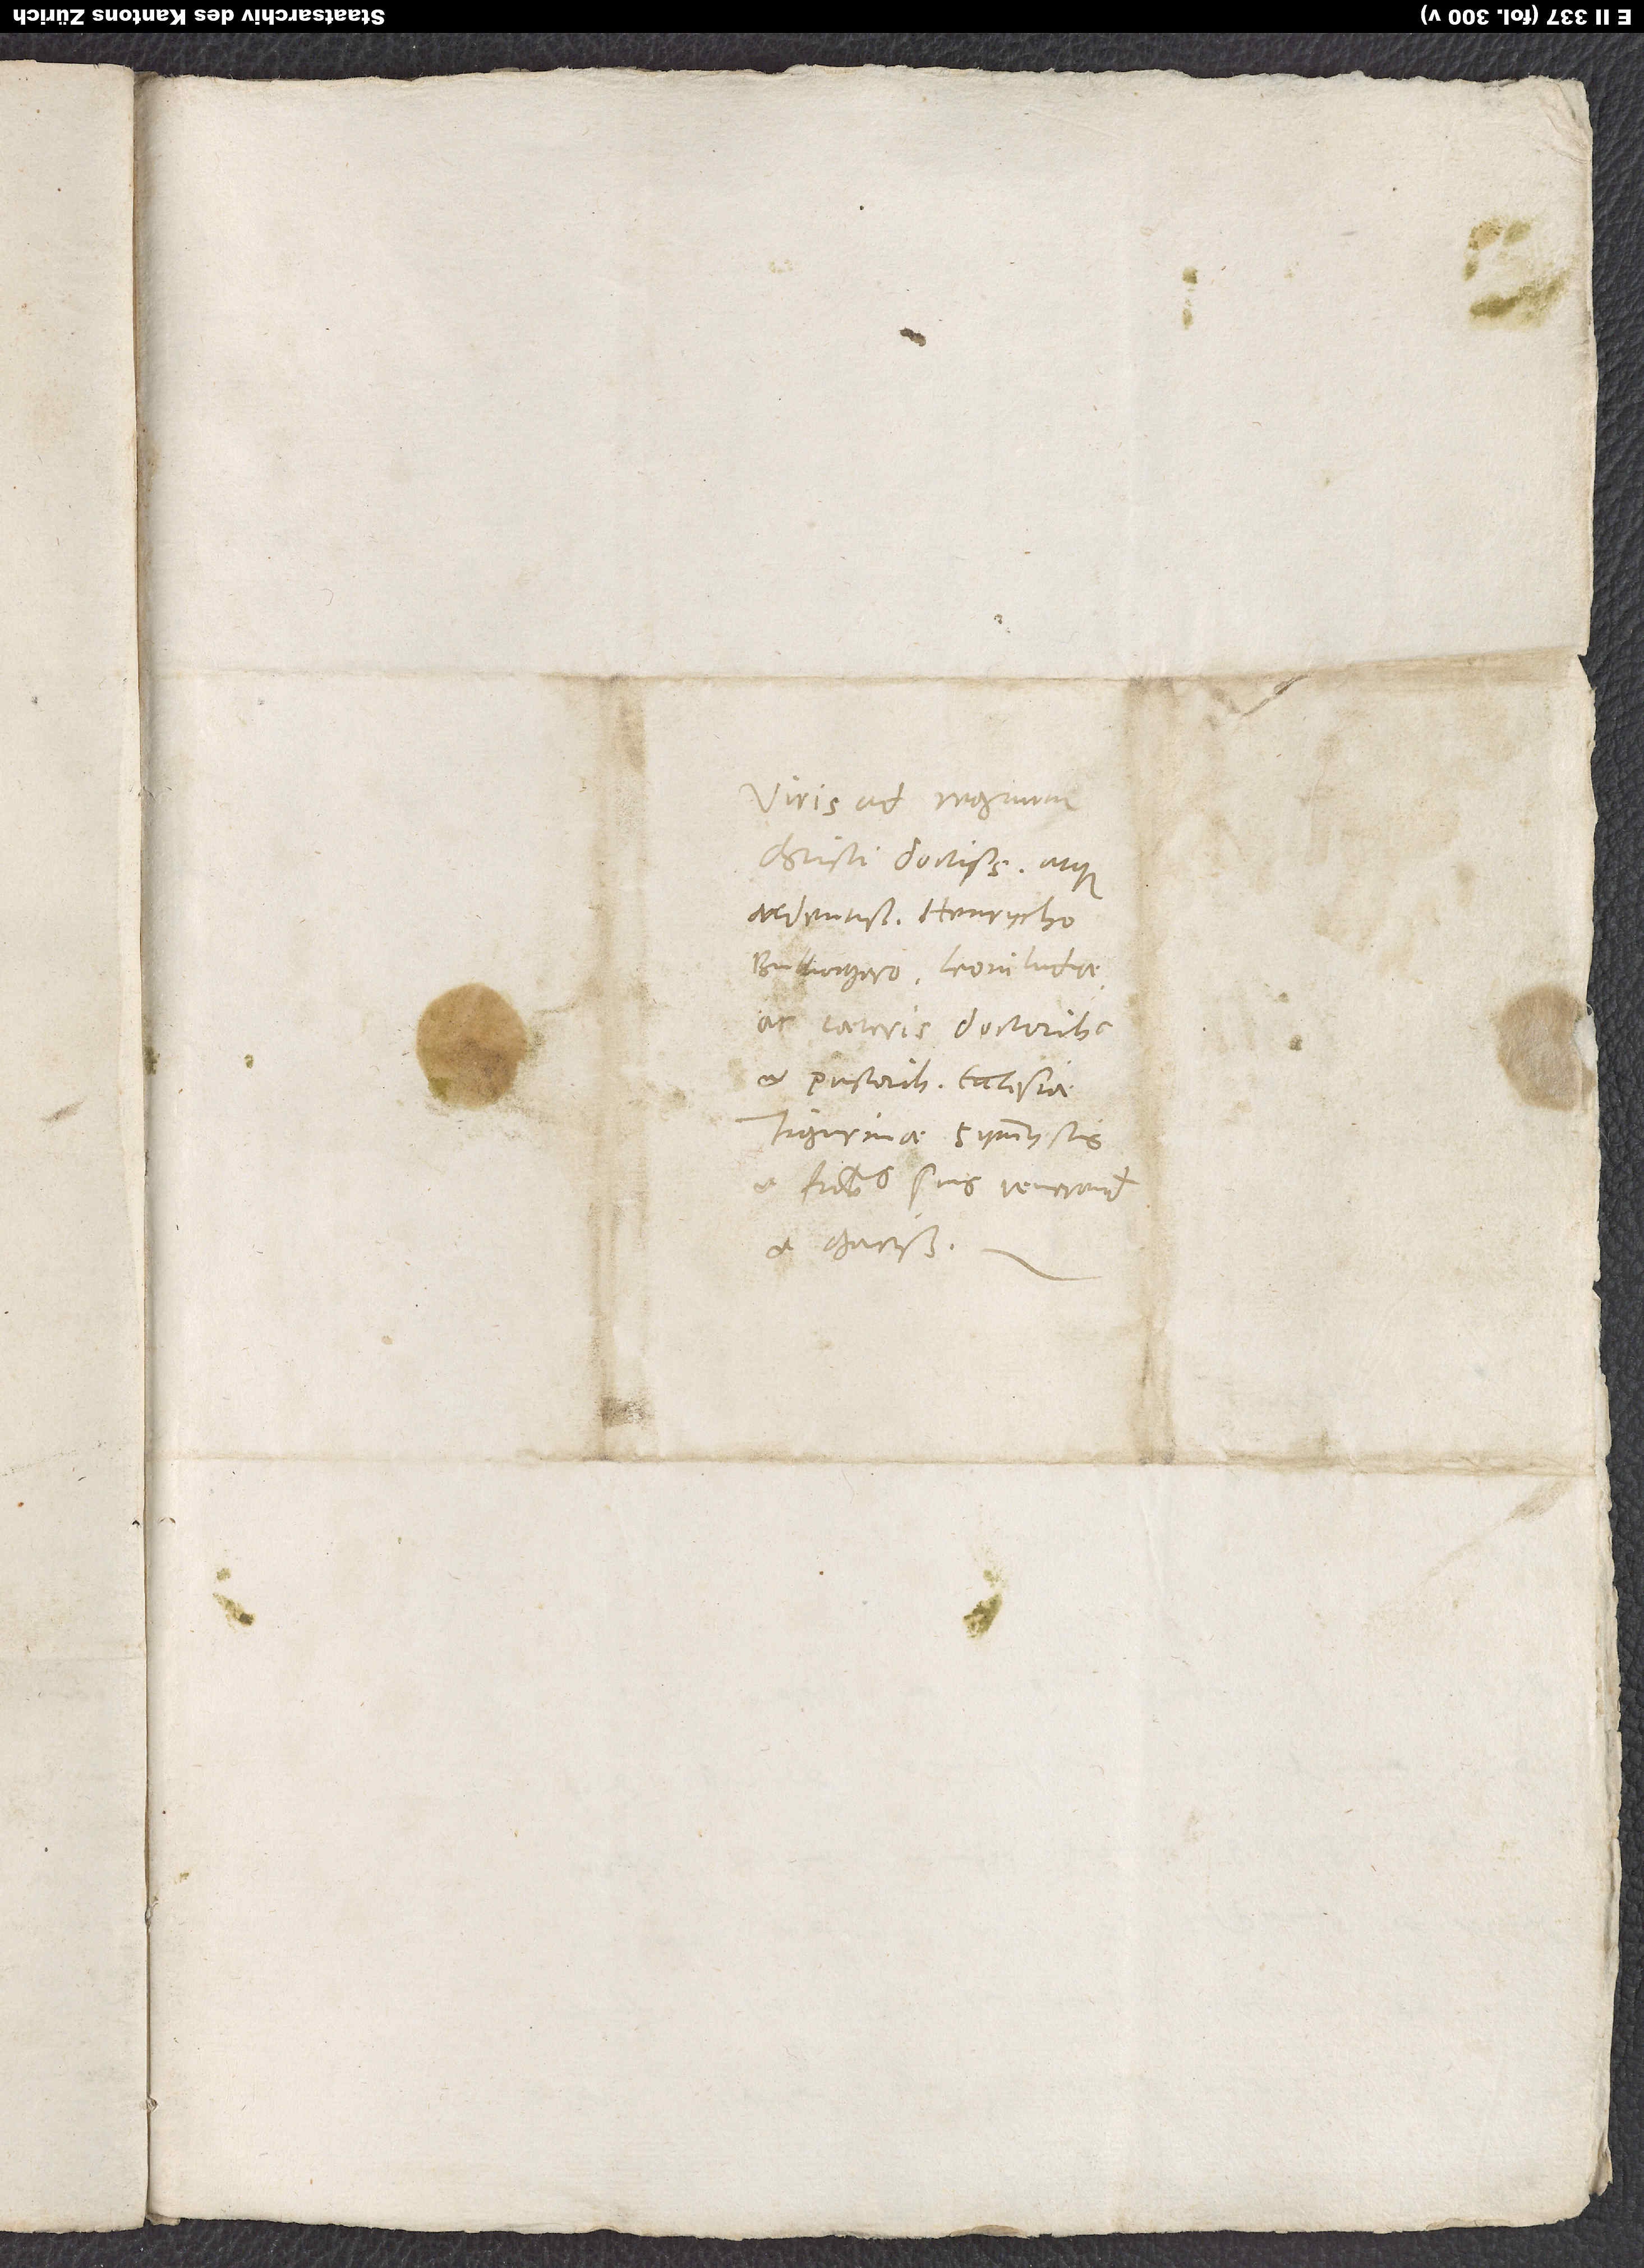
Viris ad regimen
Christi doctissimis atque
ardentissimis Henrycho
Bullingero, Leoni Iudae
ac caeteris doctoribus
et pastoribus ecclesiae
Tigurinae, symmystis
et fratribus suis venerandis